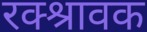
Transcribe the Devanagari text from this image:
रक्श्रावक